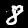
Label: 8